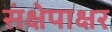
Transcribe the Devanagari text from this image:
संक्षेपाक्षर